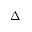
\Delta